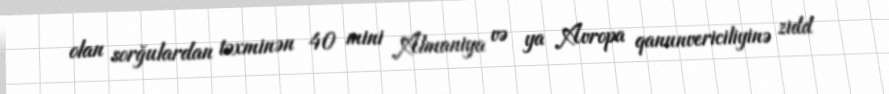
olan sorğulardan təxminən 40 mini Almaniya və ya Avropa qanunvericiliyinə zidd